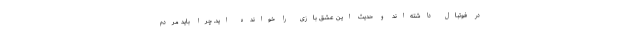
در فوتبال داشته‌اند و حدیث این عشق بازی را خوانده اید. چرا باید مردم